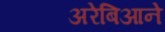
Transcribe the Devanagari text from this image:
अरेबिआने